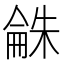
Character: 𣗾